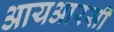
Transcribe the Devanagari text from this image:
आयआरसी